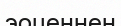
эоценнен